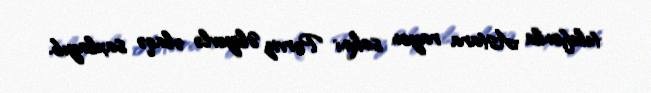
telefonla Astara rayon sakini Pərviz Əliyevlə əlaqə saxlayıb.